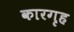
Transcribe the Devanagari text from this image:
कारगृह